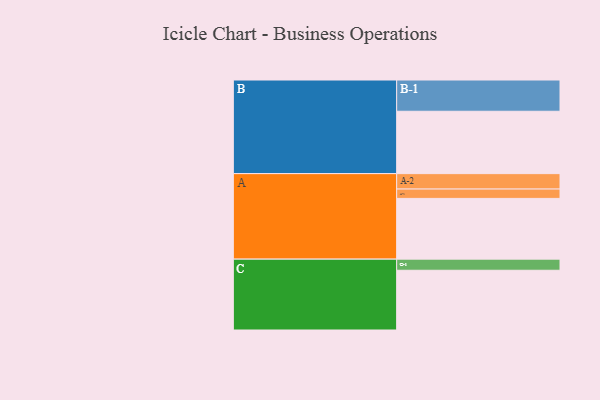
{"axis": {"x": "Segment", "y": "Value"}, "legend": ["", "A", "B", "C"], "data": [{"x": "A", "y": 552, "type": ""}, {"x": "B", "y": 567, "type": ""}, {"x": "C", "y": 543, "type": ""}, {"x": "A-1", "y": 85, "type": "A"}, {"x": "A-2", "y": 140, "type": "A"}, {"x": "B-1", "y": 284, "type": "B"}, {"x": "C-1", "y": 101, "type": "C"}]}